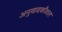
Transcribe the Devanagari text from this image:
अनुवादकौशल